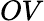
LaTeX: OV